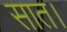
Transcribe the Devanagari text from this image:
सात।